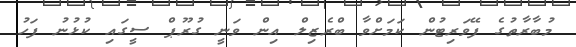
މުބާރާތުގެ ފޭވަރިޓުން ކަމަށްވާ ބްރެޒިލް އިން ވަނީ ގުރޫޕް ސީގައި ކުޅުނު ފަހު